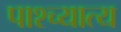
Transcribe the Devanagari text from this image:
पाश्च्यात्य